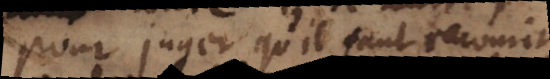
pour juger qu’il faut recourir